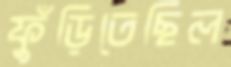
ফুঁড়িতেছিল